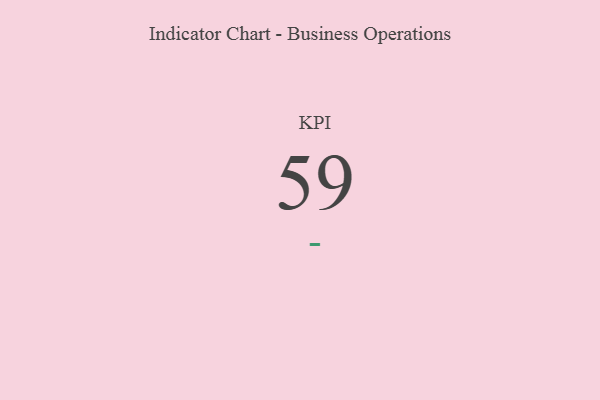
{"axis": {"x": "KPI", "y": "Value"}, "legend": [""], "data": [{"x": "KPI", "y": 59, "type": ""}]}